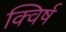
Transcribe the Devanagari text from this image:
क्विर्ष